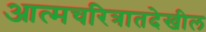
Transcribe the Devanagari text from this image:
आत्मचरित्रातदेखील